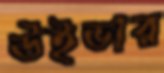
উইভার